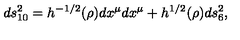
d s _ { 1 0 } ^ { 2 } = h ^ { - 1 / 2 } ( \rho ) d x ^ { \mu } d x ^ { \mu } + h ^ { 1 / 2 } ( \rho ) d s _ { 6 } ^ { 2 } ,